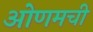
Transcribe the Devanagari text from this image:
ओणमची